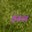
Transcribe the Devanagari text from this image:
हरुल